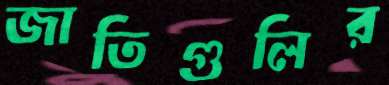
জাতিগুলির